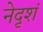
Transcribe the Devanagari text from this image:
नेदृशं